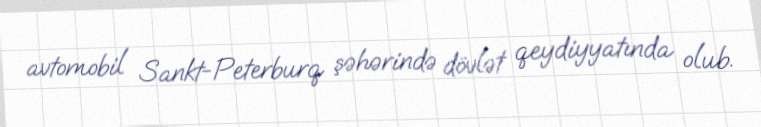
avtomobil Sankt-Peterburq şəhərində dövlət qeydiyyatında olub.